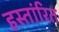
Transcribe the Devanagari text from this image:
हस्तांरित